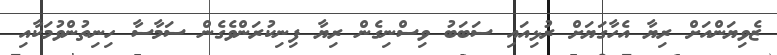
ޒެވިޔަންއަށް ރިޔާ އެހާގަޔަށް ރުޅިއައި ސަބަބު ވިސްނިގެން ރިޔާ ފިނިކުރަންވެގެން ސަމާސާ ހިނިތުންވުމަކާއި